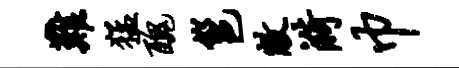
难猛丑邕敝漪巾